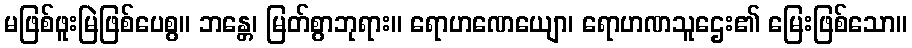
မဖြစ်ဖူးမြဲဖြစ်ပေစွ။ ဘန္တေ၊ မြတ်စွာဘုရား။ ရောဟဏေယျော၊ ရောဟဏသူဌေး၏ မြေးဖြစ်သော။